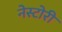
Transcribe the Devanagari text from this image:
नेस्टोरी